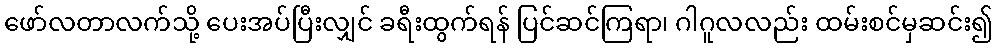
ဖော်လတာလက်သို့ ပေးအပ်ပြီးလျှင် ခရီးထွက်ရန် ပြင်ဆင်ကြရာ၊ ဂါဂူလလည်း ထမ်းစင်မှဆင်း၍